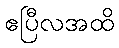
ဧပြီလအထိ